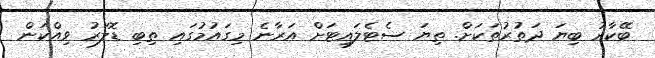
ބޭކާރު ބިޔަ ދަތުރުތަކަށް. ތިޔަ ސެޓެލައިޓަށް އަރާނެ މިގައުމުގައި ތިބި ޑޮލަރު ވިއްކަން